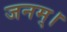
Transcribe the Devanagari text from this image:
जनम्।